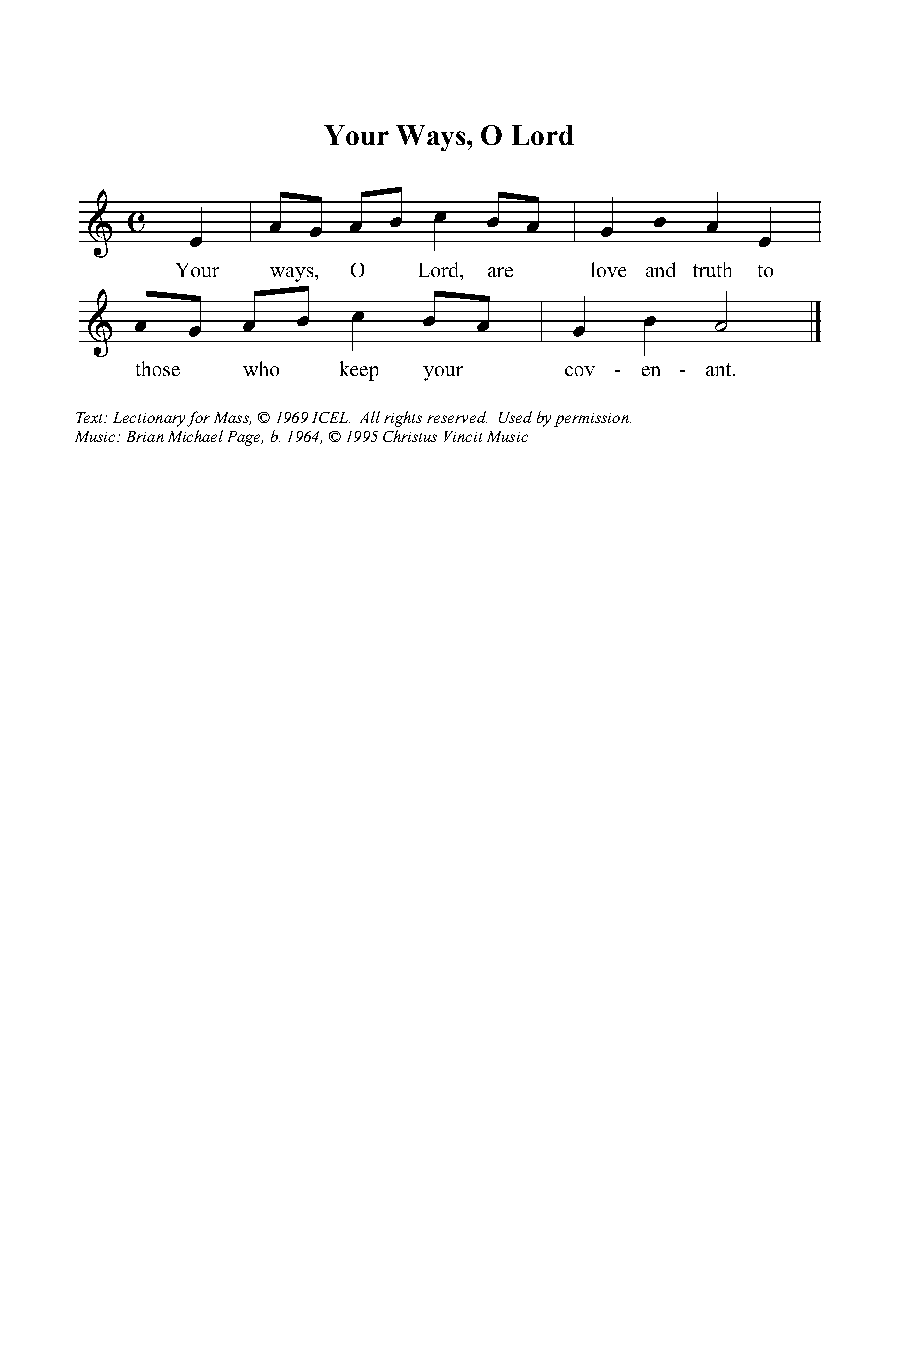
Your Ways, O Lord
 Text: Lectionary for Mass, © 1969 ICEL. All rights reserved. Used by permission.
 Music: Brian Michael Page, b. 1964, © 1995 Christus Vincit Music